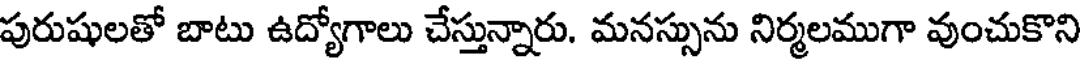
పురుషులతో బాటు ఉద్యోగాలు చేస్తున్నారు. మనస్సును నిర్మలముగా వుంచుకొని